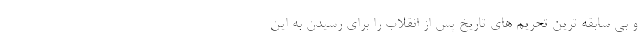
و بی سابقه ترین تحریم های تاریخ پس از انقلاب را برای رسیدن به این